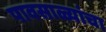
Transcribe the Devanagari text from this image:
पावसाळ्यांचा